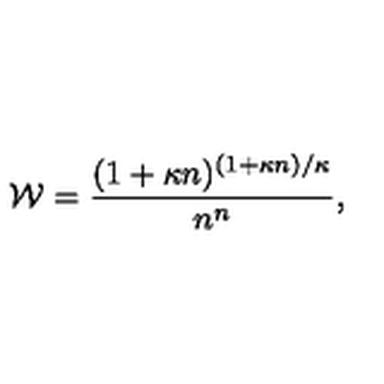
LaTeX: { \cal W } = \frac { ( 1 + \kappa n ) ^ { ( 1 + \kappa n ) / \kappa } } { n ^ { n } } ,